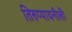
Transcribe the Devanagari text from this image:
तिरुप्पायनीली